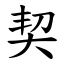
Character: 契